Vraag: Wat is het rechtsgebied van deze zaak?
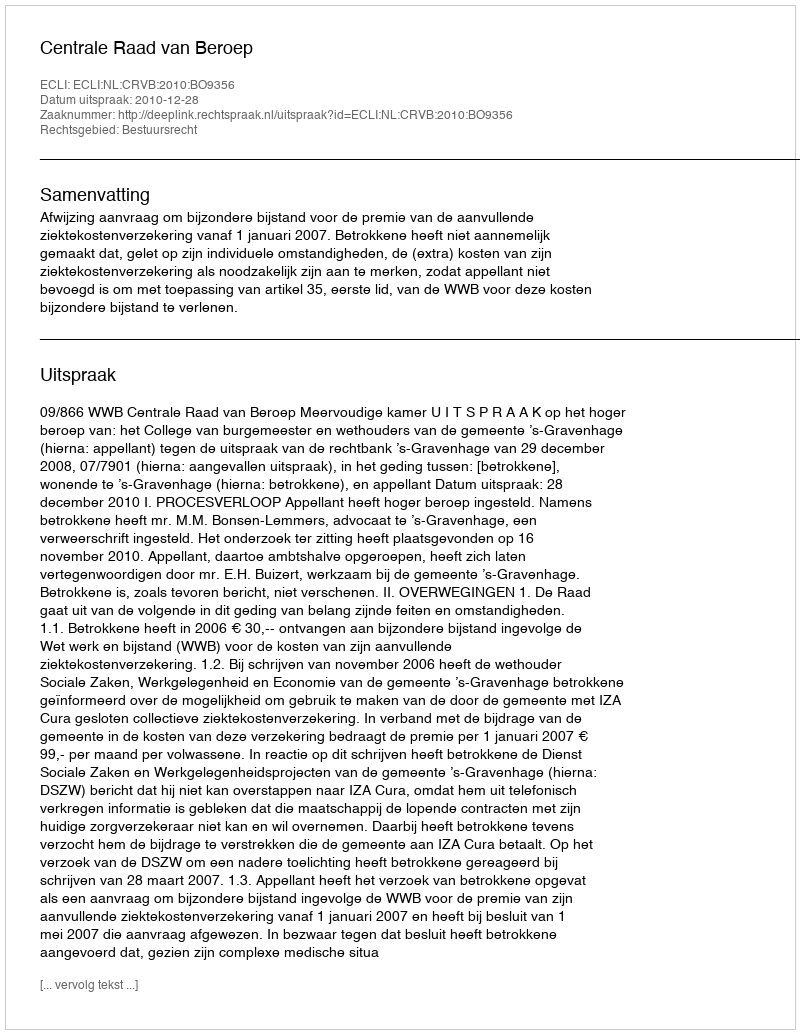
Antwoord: Bestuursrecht